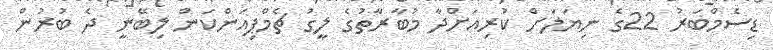
ޑިސެމްބަރު 22ގެ ނިޔަލަށް ކުރިއަށްދާ މުބާރާތުގެ ލީގު ޗެމްޕިއަންކަން ލިބޭނީ ދެ ބުރުން